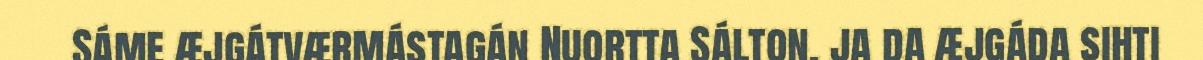
Sáme æjgátværmástagán Nuortta Sálton, ja da æjgáda sihti